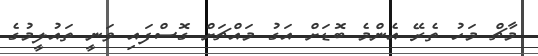
މާޗް މަހު ތެރޭ އެންމެ ބޮޑަށް އަގު މައްޗަށް ގޮސްފައި ވަނީ ތައުލީމުގެ